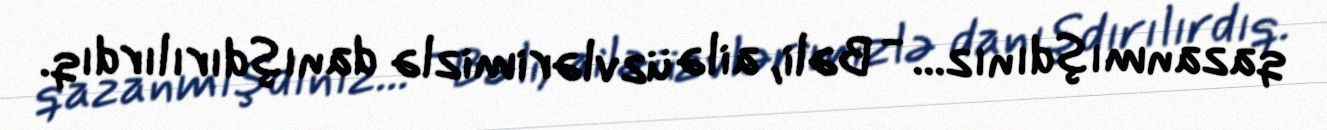
qazanmışdınız... - Bəli, ailə üzvlərimizlə danışdırılırdıq.